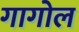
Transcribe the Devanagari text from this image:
गागोल